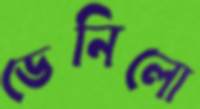
ডেনিলো